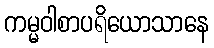
ကမ္မဝါစာပရိယောသာနေ